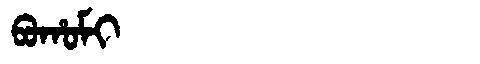
Manchu: ᠪᠣᡥᠣᠮᡳ
Romanization: BOHOMI